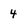
Character: 4